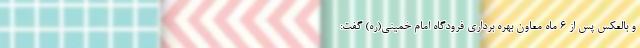
و بالعکس پس از ۶ ماه معاون بهره برداری فرودگاه امام خمینی(ره) گفت: